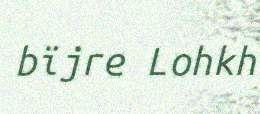
bïjre Lohkh